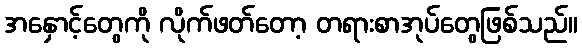
အနှောင့်တွေကို လိုက်ဖတ်တော့ တရားစာအုပ်တွေဖြစ်သည်။